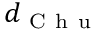
d _ { \mathrm { ~ C ~ h ~ u ~ } }